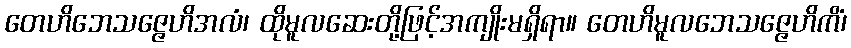
တေဟိဘေသဇ္ဇေဟိအလံ၊ ထိုမူလဆေးတို့ဖြင့်အကျိုးမရှိရာ။ တေဟိမူလဘေသဇ္ဇေဟိကိံ၊